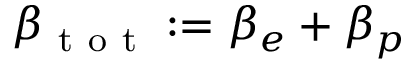
\beta _ { \mathrm { ~ t ~ o ~ t ~ } } : = \beta _ { e } + \beta _ { p }